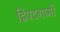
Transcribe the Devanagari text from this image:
द्विपदगामी